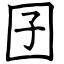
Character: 囝